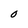
Character: 0